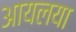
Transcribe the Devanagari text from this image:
आयलया